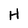
Character: H